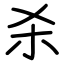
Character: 杀